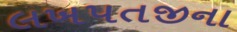
લખપતજીના